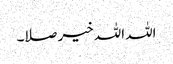
اللہ اللہ خیر صلا۔